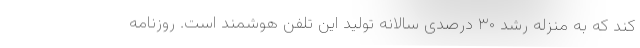
کند که به منزله رشد ۳۰ درصدی سالانه تولید این تلفن هوشمند است. روزنامه